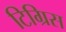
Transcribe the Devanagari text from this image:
टिग्रिस